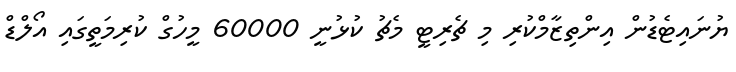
ޔުނައިޓެޑުން އިންތިޒާމްކުރި މި ޗެރިޓީ މެޗު ކުޅުނީ 60000 މީހުގް ކުރިމަތީގައި އޯލްޑް